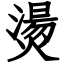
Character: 燙